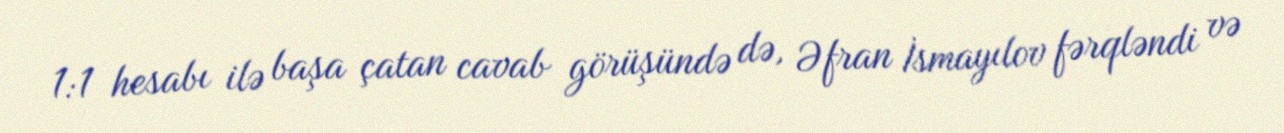
1:1 hesabı ilə başa çatan cavab görüşündə də, Əfran İsmayılov fərqləndi və